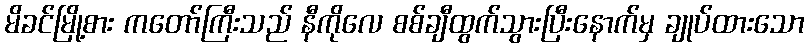
မိခင်မြို့စား ကတော်ကြီးသည် နီကိုလေ စစ်ချီထွက်သွားပြီးနောက်မှ ချုပ်ထားသော